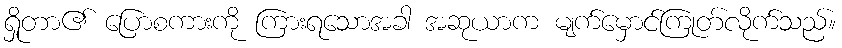
ရှိုတာ၏ ပြောစကားကို ကြားရသောအခါ အဆုယာက မျက်မှောင်ကြုတ်လိုက်သည်။